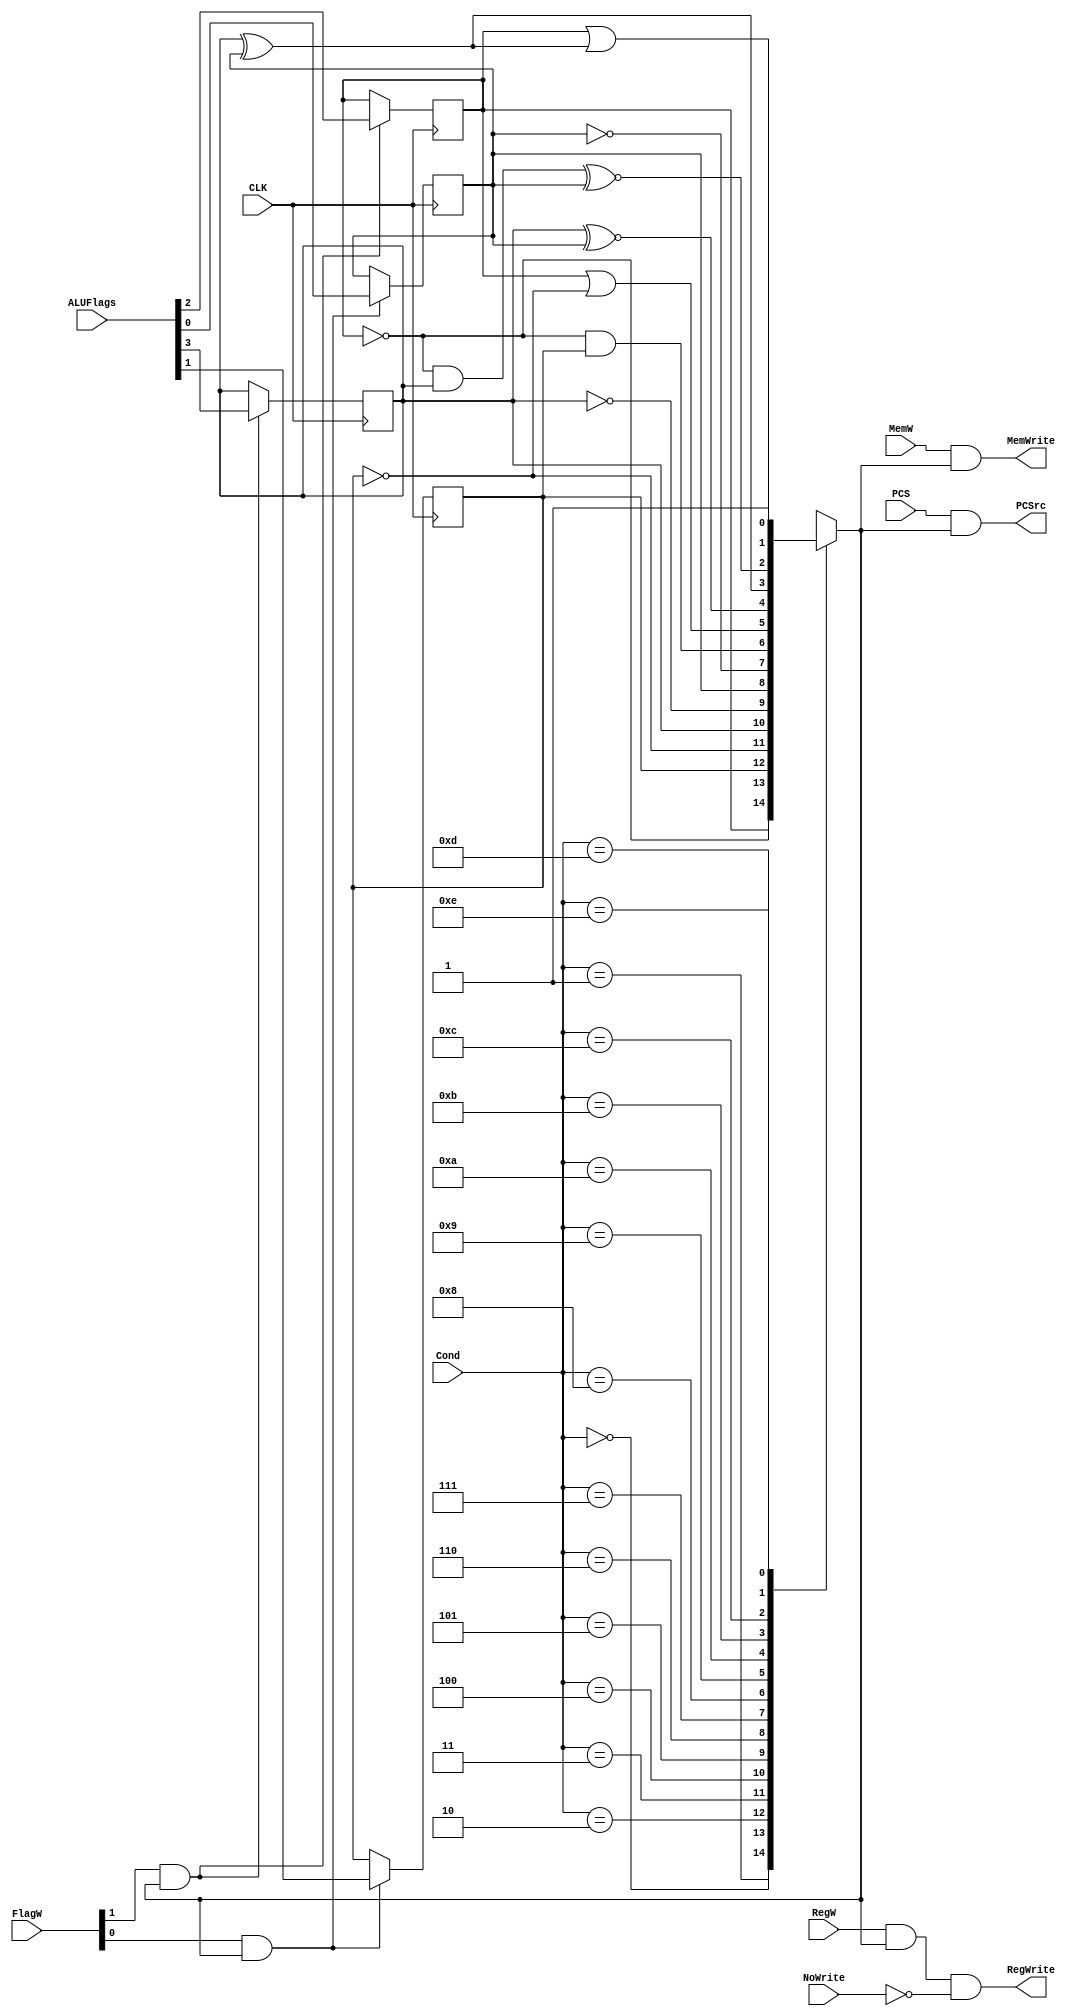
`timescale 1ns / 1ps
/*
----------------------------------------------------------------------------------
-- Company: NUS	
-- Engineer: (c) Shahzor Ahmad and Rajesh Panicker  
-- 
-- Create Date: 09/23/2015 06:49:10 PM
-- Module Name: CondLogic
-- Project Name: CG3207 Project
-- Target Devices: Nexys 4 (Artix 7 100T)
-- Tool Versions: Vivado 2015.2
-- Description: CondLogic Module
-- 
-- Dependencies: NIL
-- 
-- Revision:
-- Revision 0.01 - File Created
-- Additional Comments:
-- 
----------------------------------------------------------------------------------

----------------------------------------------------------------------------------
--	License terms :
--	You are free to use this code as long as you
--		(i) DO NOT post it on any public repository;
--		(ii) use it only for educational purposes;
--		(iii) accept the responsibility to ensure that your implementation does not violate any intellectual property of ARM Holdings or other entities.
--		(iv) accept that the program is provided "as is" without warranty of any kind or assurance regarding its suitability for any particular purpose;
--		(v)	acknowledge that the program was written based on the microarchitecture described in the book Digital Design and Computer Architecture, ARM Edition by Harris and Harris;
--		(vi) send an email to rajesh.panicker@ieee.org briefly mentioning its use (except when used for the course CG3207 at the National University of Singapore);
--		(vii) retain this notice in this file or any files derived from this.
----------------------------------------------------------------------------------
*/

module CondLogic(
    input CLK,
    input PCS,
    input RegW,
    input NoWrite, // for CMP
    input MemW,
    input [1:0] FlagW,
    input [3:0] Cond,
    input [3:0] ALUFlags,
    output PCSrc,
    output RegWrite,
    output MemWrite
    );
    
    reg CondEx ;
    reg N = 0, Z = 0, C = 0, V = 0 ;
    wire [1:0] FlagWrite;
    //<extra signals, if any>
    
    always@(Cond, N, Z, C, V)
    begin
        case(Cond)
            4'b0000: CondEx <= Z ;                  // EQ  
            4'b0001: CondEx <= ~Z ;                 // NE 
            4'b0010: CondEx <= C ;                  // CS / HS 
            4'b0011: CondEx <= ~C ;                 // CC / LO  
            
            4'b0100: CondEx <= N ;                  // MI  
            4'b0101: CondEx <= ~N ;                 // PL  
            4'b0110: CondEx <= V ;                  // VS  
            4'b0111: CondEx <= ~V ;                 // VC  
            
            4'b1000: CondEx <= (~Z) & C ;           // HI  
            4'b1001: CondEx <= Z | (~C) ;           // LS  
            4'b1010: CondEx <= N ~^ V ;             // GE  
            4'b1011: CondEx <= N ^ V ;              // LT  
            
            4'b1100: CondEx <= (~Z) & N ~^ V ;      // GT 
            4'b1101: CondEx <= Z | (N ^ V) ;        // LE  
            4'b1110: CondEx <= 1'b1  ;              // AL 
            4'b1111: CondEx <= 1'bx ;               // unpredictable   
        endcase   
    end
        
    always@(posedge CLK) begin
        if (FlagWrite[1]) begin
            N <= ALUFlags[3];
            Z <= ALUFlags[2];
        end
            
        if (FlagWrite[0]) begin
            C <= ALUFlags[1];
            V <= ALUFlags[0];
        end    
         
    end
    
    assign FlagWrite[1] = FlagW[1] & CondEx;
    assign FlagWrite[0] = FlagW[0] & CondEx;
    assign PCSrc = PCS & CondEx;
    assign RegWrite = RegW & CondEx & (~NoWrite);
    assign MemWrite = MemW & CondEx;
    
    

endmodule